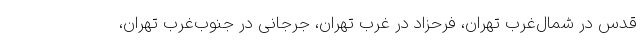
قدس در شمال‌غرب تهران، فرحزاد در غرب تهران، جرجانی در جنوب‌غرب تهران،